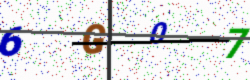
Text: 6G07